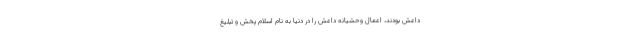
داعش بودند، اعمال وحشیانه داعش را در دنیا به نام اسلام پخش و تبلیغ